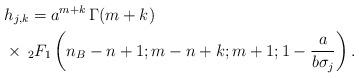
LaTeX: \begin{align*}&h_{j,k}=a^{m+k}\,\Gamma(m+k)\\&\times\,_2F_1\left(n_B-n+1;m-n+k;m+1;1-\frac{a}{b\sigma_j}\right).\end{align*}